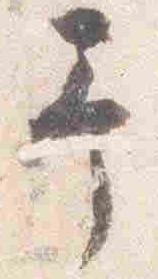
予